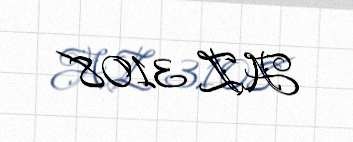
AZ 3108